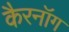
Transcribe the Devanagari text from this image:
कैरनॉग